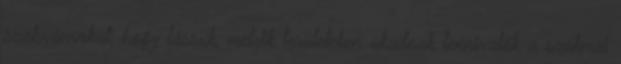
szabványokat, hogy lássuk, melyik területeken akadnak tennivalók a szakmai